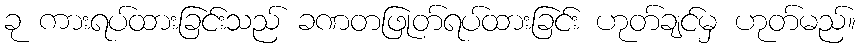
ခု ကားရပ်ထားခြင်းသည် ခဏတဖြုတ်ရပ်ထားခြင်း ဟုတ်ချင်မှ ဟုတ်မည်။